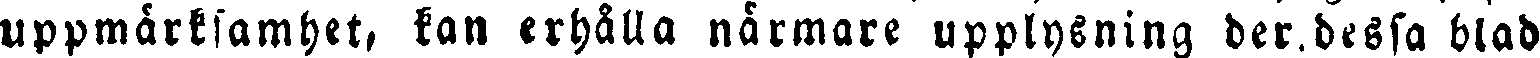
uppmärksamhet, kan erhålla närmare upplysning der dessa blad